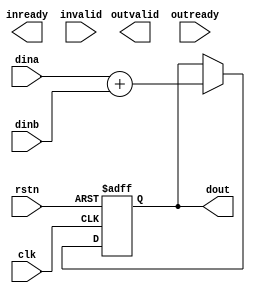
//==============================================================================
// Module name: top2.v
// Description: 4
// -------------------------------------------------
// Modification log here:
// Author     :
// Date       :
// Message    :
//==============================================================================
module top2
(
  input clk,
  input rstn,

  output inready,
  input  invalid,
  output outvalid,
  input  outready,
  input  [7:0] dina,
  input  [7:0] dinb,

  output reg [7:0] dout
);
  
  wire preadd;
  reg enadd;

  always @ (posedge clk or negedge rstn) begin
    if(!rstn)
      enadd <= 1'b0;
    else if(preadd) 
      enadd <= 1'b1;
    else
      enadd <= 1'b0;
  end

  always @ (posedge clk or negedge rstn) begin
    if(!rstn) 
      dout <= 8'd0;
    else if(preadd)
      dout <= dina + dinb;
    else
      dout <= dout;
  end




endmodule